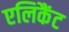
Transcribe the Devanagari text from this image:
एलिकैंट